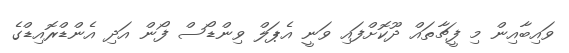
ވައިބާއިން މި ފީޗާތައް ދޫކޮށްފައި ވަނީ އެޕަލް ވިންޑޯސް ފޯން އަދި އެންޑްރޮއިޑްގެ